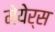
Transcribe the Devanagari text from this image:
मेयेर्स